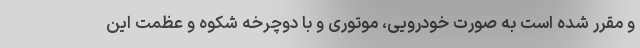
و مقرر شده است به صورت خودرویی، موتوری و با دوچرخه شکوه و عظمت این